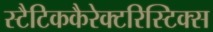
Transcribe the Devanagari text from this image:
स्टैटिककैरेक्टरिस्टिक्स